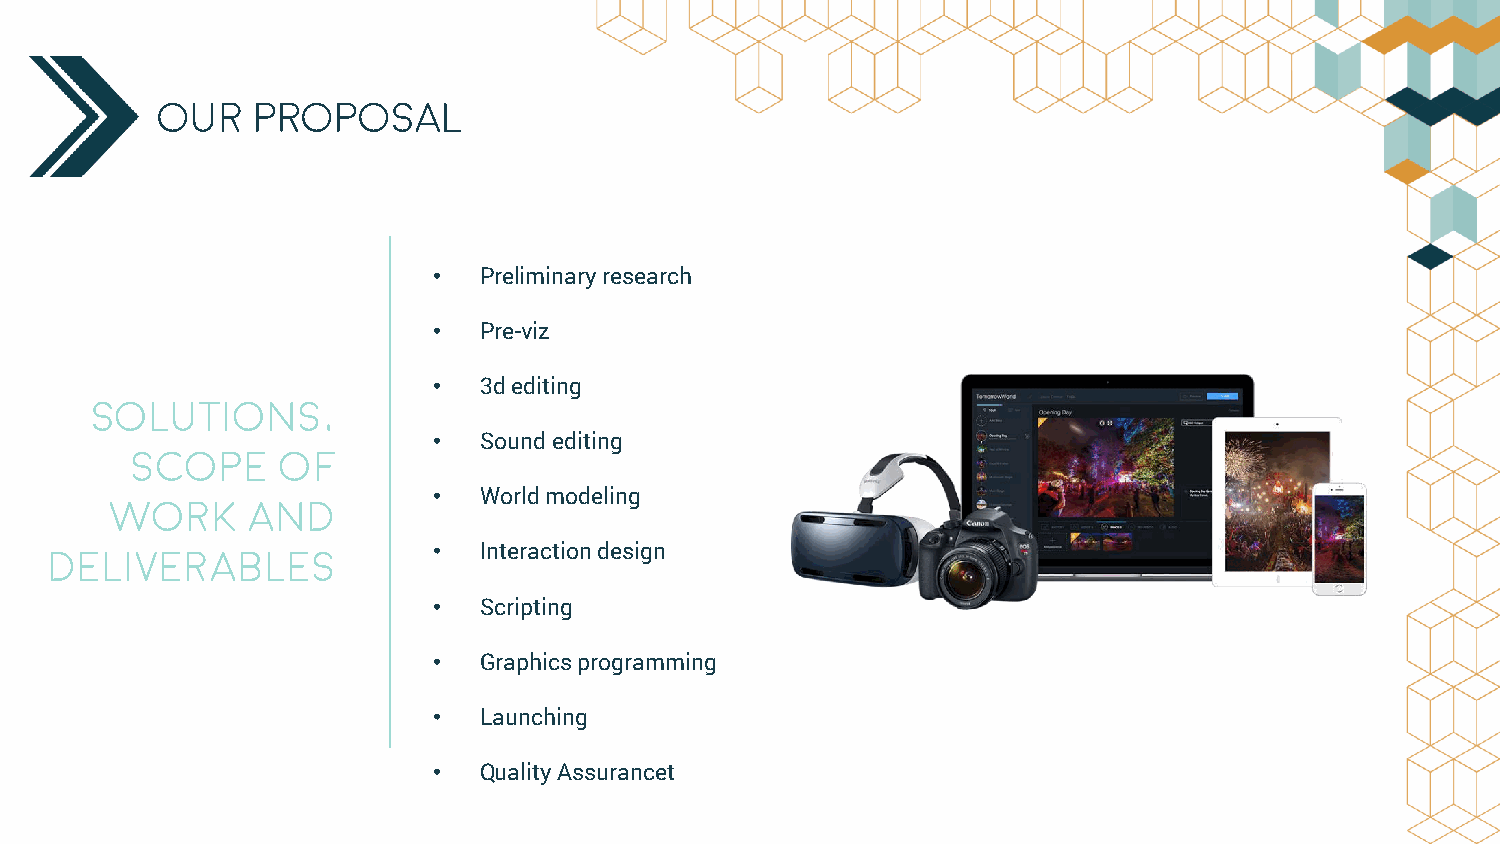
Our    PROPOSAL
 •  Preliminaryresearch
 •  Pre-viz
 •  3dediting
 Solutions,
 •  Soundediting
 scope    of
 •  Worldmodeling
 work     and
 deliverables              •  Interactiondesign
 •  Scripting
 •  Graphicsprogramming
 •  Launching
 •  QualityAssurancet